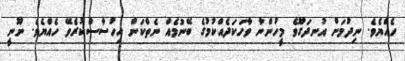
ހެއްޔެވެ. ނިދުމަށް އުނދަގޫވެ މީހުންނާ ވާހަކަދެއްކުމުގެ ބޭނުމެއް ނެތްކަން އިހުސާސްކުރެވޭ ހެއްޔެވެ. ނޫނީ